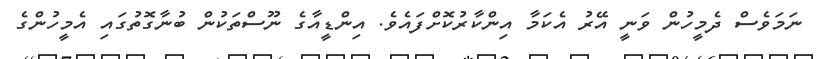
ނަމަވެސް ދެމީހުން ވަނީ އޭރު އެކަމާ އިންކާރުކޮށްފައެވެ. އިންޑީއާގެ ނޫސްތަކުން ބުނާގޮތުގައި އެމީހުންގެ